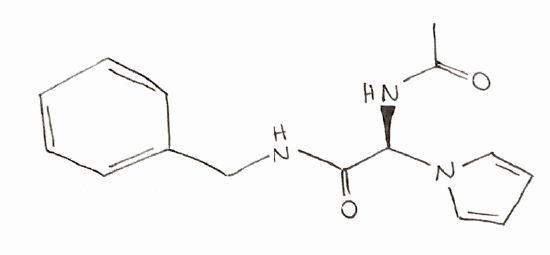
Simplified molecular-input line-entry system (SMILES) notation of the given molecule:
CC(=O)N[C@H](C(=O)NCC1=CC=CC=C1)N2C=CC=C2